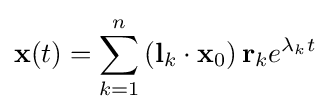
\mathbf {x} (t)=\sum _{k=1}^{n}\left(\mathbf {l} _{k}\cdot \mathbf {x} _{0}\right)\mathbf {r} _{k}e^{\lambda _{k}t}